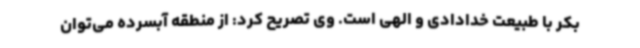
بکر با طبیعت خدادادی و الهی است. وی تصریح کرد: از منطقه آبسرده می‌توان